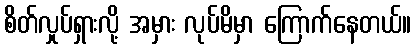
စိတ်လှုပ်ရှားလို့ အမှား လုပ်မိမှာ ကြောက်နေတယ်။